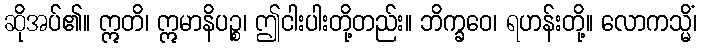
ဆိုအပ်၏။ ဣတိ၊ ဣမာနိပဉ္စ၊ ဤငါးပါးတို့တည်း။ ဘိက္ခဝေ၊ ရဟန်းတို့။ လောကသ္မိံ၊